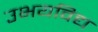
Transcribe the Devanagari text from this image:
उभयविद्य